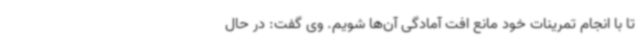
تا با انجام تمرینات خود مانع افت آمادگی آن‌ها شویم. وی گفت: در حال